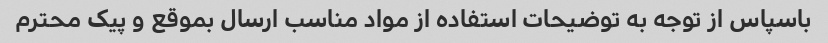
باسپاس از توجه به توضیحات استفاده از مواد مناسب ارسال بموقع و پیک محترم